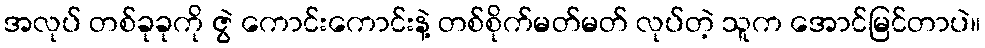
အလုပ် တစ်ခုခုကို ဇွဲ ကောင်းကောင်းနဲ့ တစ်စိုက်မတ်မတ် လုပ်တဲ့ သူက အောင်မြင်တာပဲ။